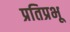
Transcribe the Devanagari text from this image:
प्रतिप्रभू